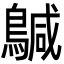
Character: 𮭄